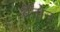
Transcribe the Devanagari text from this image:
ब्रेनोन